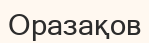
Оразақов